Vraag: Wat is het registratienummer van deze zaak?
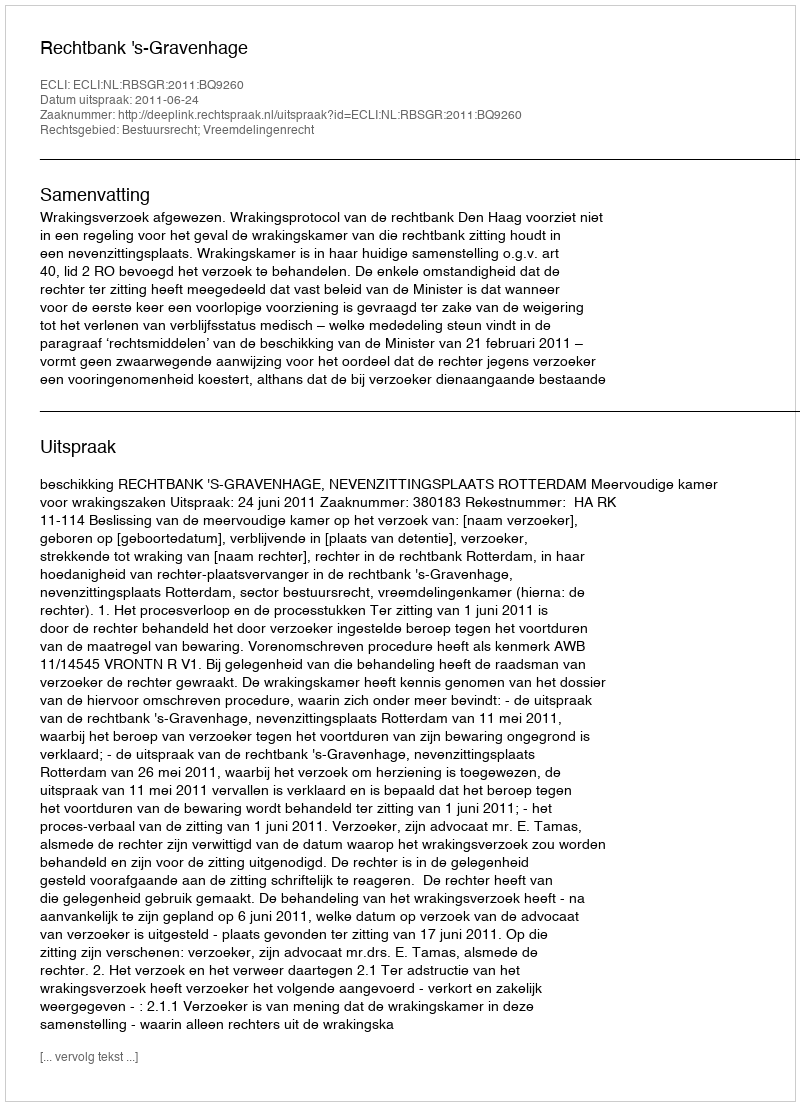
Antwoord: http://deeplink.rechtspraak.nl/uitspraak?id=ECLI:NL:RBSGR:2011:BQ9260